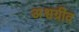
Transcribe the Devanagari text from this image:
अश्वग्रीव